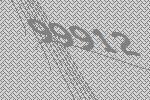
99912